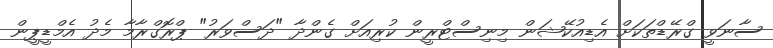
ސާނަވީ ގްރޭޑްތަކަށް އެޑިއުކޭޝަން މިނިސްޓްރީން ކުރިއަށް ގެންދާ "ދަސްވަރު" ޕްރޮގްރާމާ މެދު އެމްޑީޕީން